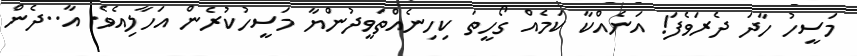
މަސީހު ހާދަ ދެރަވެފަ! އަނެއްކާ ކަމެއް ގޯހީތަ ކިހިނެއްތަވީދުންޔާ މަސީހުކުރެން އަހާލިއެވެ. އާ..ދެން